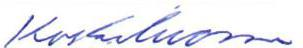
Koskiluoma